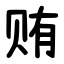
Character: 贿